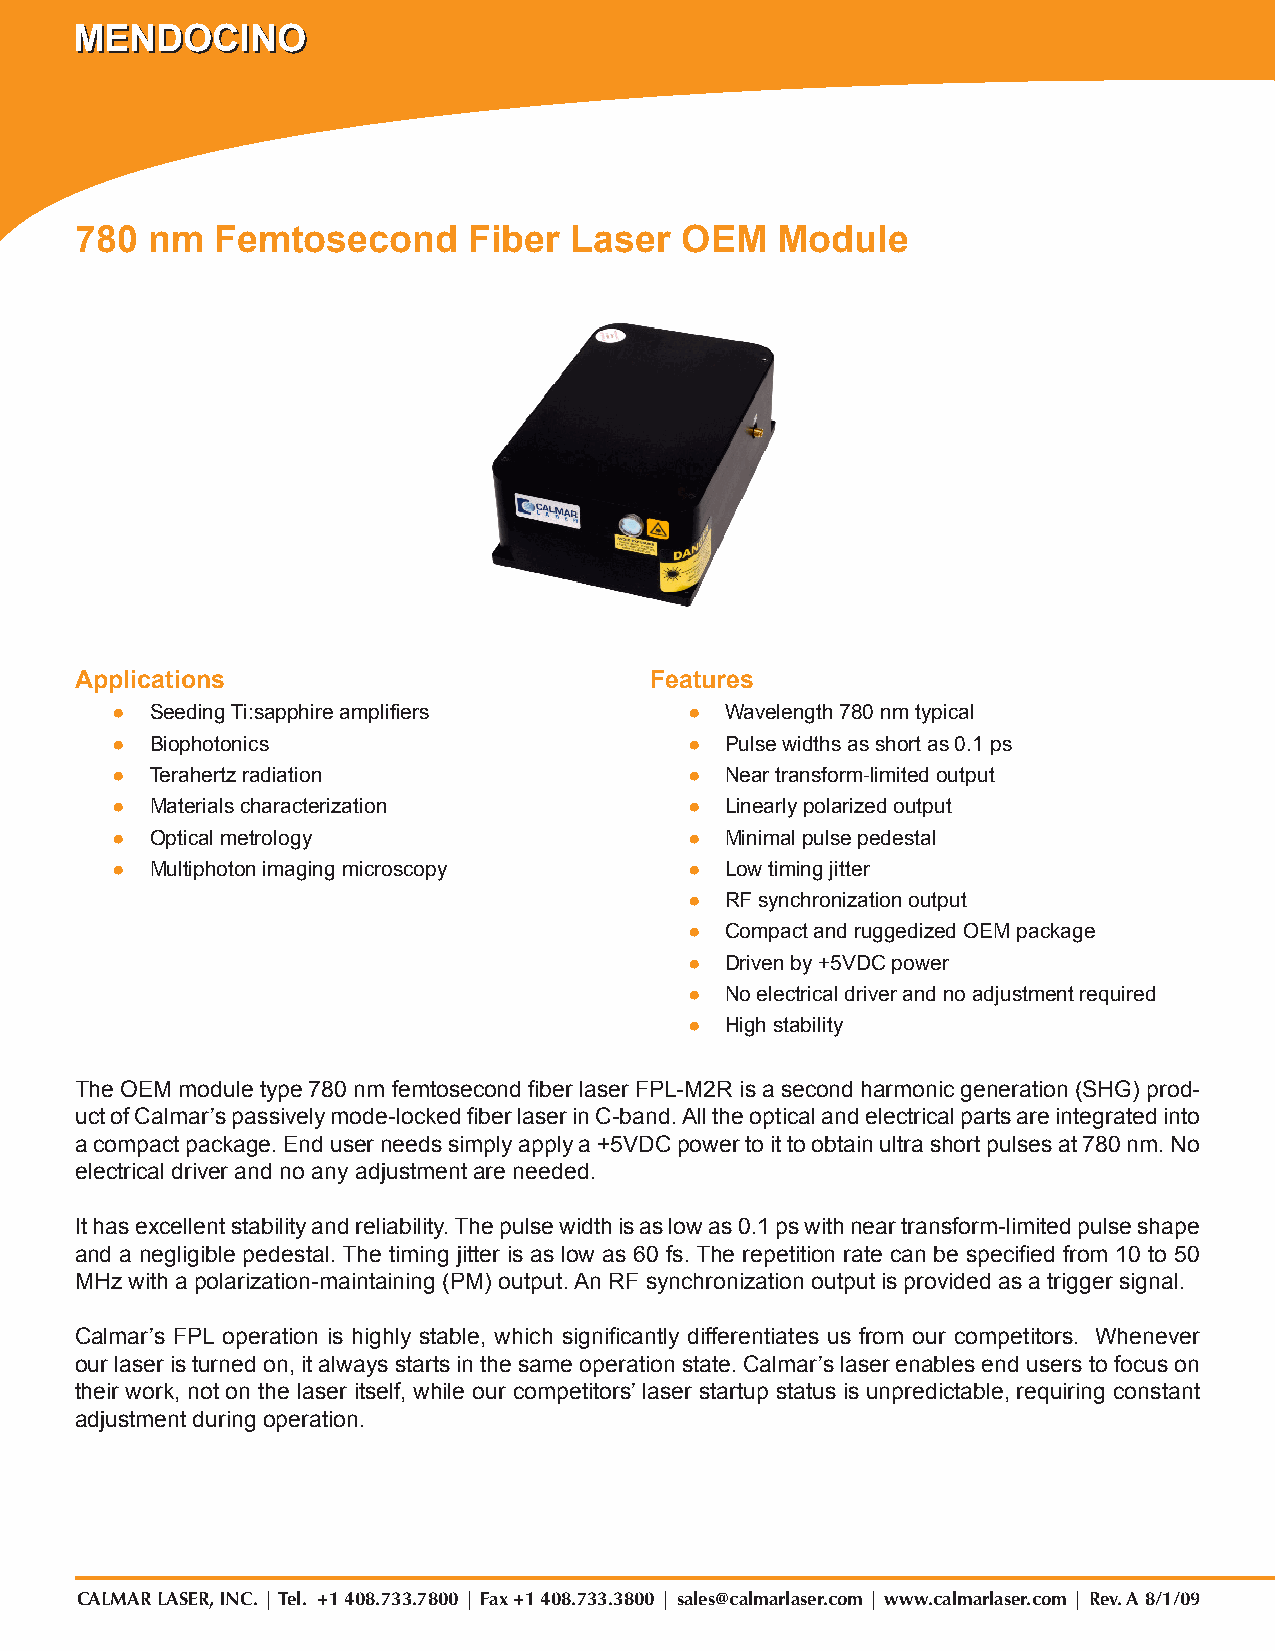
MMMEEENNNDDDOOOCCCIIINNNOOO                                                                                               FFEEMMTTOOSSEECCOONNDD FFIIBBEERR LLAASSEERR
 780  nm  Femtosecond      Fiber  Laser  OEM   Module
 Applications                          Features
 ●  Seeding Ti:sapphire amplifiers      ● Wavelength 780 nm typical
 ●  Biophotonics                        ● Pulse widths as short as 0.1 ps
 ●  Terahertz radiation                 ● Near transform-limited output
 ●  Materials characterization          ● Linearly polarized output
 ●  Optical metrology                   ● Minimal pulse pedestal
 ●  Multiphoton imaging microscopy      ● Low timing jitter
 ● RF synchronization output
 ● Compact and ruggedized OEM package
 ● Driven by +5VDC power
 ● No electrical driver and no adjustment required
 ● High stability
 The OEM module type 780 nm femtosecond fiber laser FPL-M2R is a second harmonic generation (SHG) prod-
 uct of Calmar’s passively mode-locked fiber laser in C-band. All the optical and electrical parts are integrated into
 a compact package. End user needs simply apply a +5VDC power to it to obtain ultra short pulses at 780 nm. No
 electrical driver and no any adjustment are needed.
 It has excellent stability and reliability. The pulse width is as low as 0.1 ps with near transform-limited pulse shape
 and a negligible pedestal. The timing jitter is as low as 60 fs. The repetition rate can be specified from 10 to 50
 MHz with a polarization-maintaining (PM) output. An RF synchronization output is provided as a trigger signal.
 Calmar’s FPL operation is highly stable, which significantly differentiates us from our competitors. Whenever
 our laser is turned on, it always starts in the same operation state. Calmar’s laser enables end users to focus on
 their work, not on the laser itself, while our competitors’ laser startup status is unpredictable, requiring constant
 adjustment during operation.
 CALMAR LASER, INC. | Tel. +1 408.733.7800 | Fax +1 408.733.3800 | sales@calmarlaser.com | www.calmarlaser.com | Rev. A 8/1/09